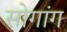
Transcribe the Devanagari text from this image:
सोगांग